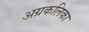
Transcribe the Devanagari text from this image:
अग्रकलिका